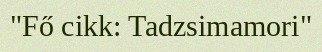
"Fő cikk: Tadzsimamori"